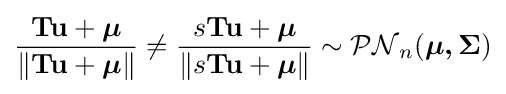
{\frac {\mathbf {Tu} +{\boldsymbol {\mu }}}{\lVert \mathbf {Tu} +{\boldsymbol {\mu }}\rVert }}\neq {\frac {s\mathbf {Tu} +{\boldsymbol {\mu }}}{\lVert s\mathbf {Tu} +{\boldsymbol {\mu }}\rVert }}\sim {\mathcal {PN}}_{n}({\boldsymbol {\mu ,\Sigma }})